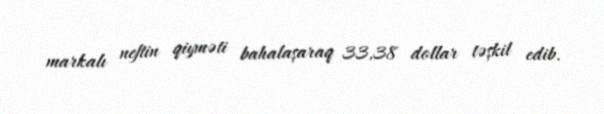
markalı neftin qiyməti bahalaşaraq 33,38 dollar təşkil edib.